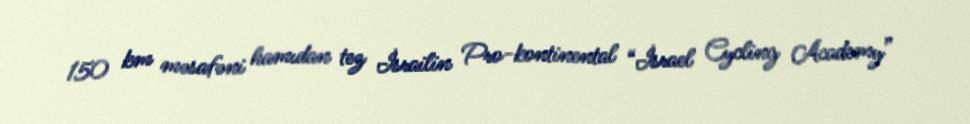
150 km məsafəni hamıdan tez İsrailin Pro-kontinental “İsrael Cycling Academy”